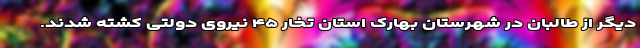
دیگر از طالبان در شهرستان بهارک استان تخار ۴۵ نیروی دولتی کشته شدند.